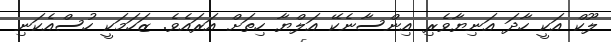
ލޫކް އަކީ ހާދަ އަނިޔާވެރި އިންސާނެކޭ އަލްޔާ ހިތަށް އަރައެވެ. ޒަހަމަކީ ހުސްއެކަނި